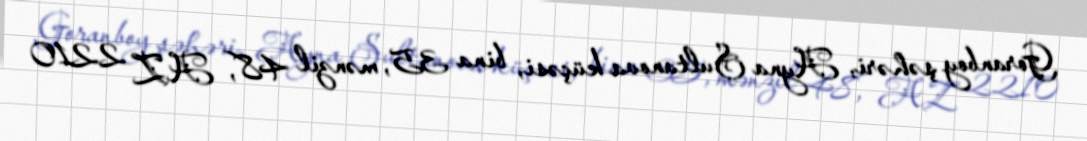
Goranboy şəhəri, Ayna Sultanova küçəsi, bina 35, mənzil 48, AZ 2210